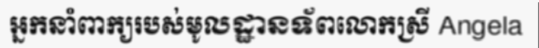
អ្នកនាំពាក្យរបស់មូលដ្ឋានទ័ពលោកស្រី Angela